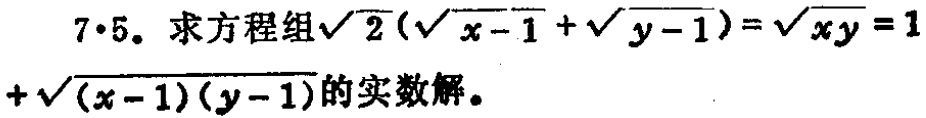
$7\cdot5.$ 求方程组$\sqrt{2}(\sqrt{x - 1}+\sqrt{y - 1})=\sqrt{xy}=1+\sqrt{(x - 1)(y - 1)}$的实数解。